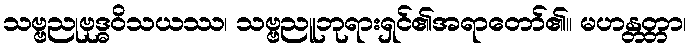
သဗ္ဗညုဗုဒ္ဓဝိသယဿ၊ သဗ္ဗညူဘုရားရှင်၏အရာတော်၏။ မဟန္တတ္တာ၊